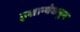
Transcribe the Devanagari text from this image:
इशान्येकडून